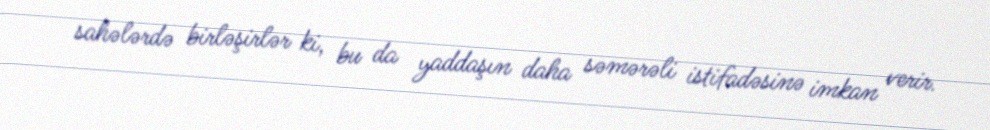
sahələrdə birləşirlər ki, bu da yaddaşın daha səmərəli istifadəsinə imkan verir.